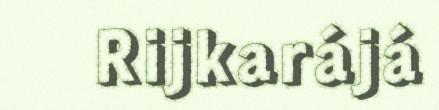
Rijkarájá